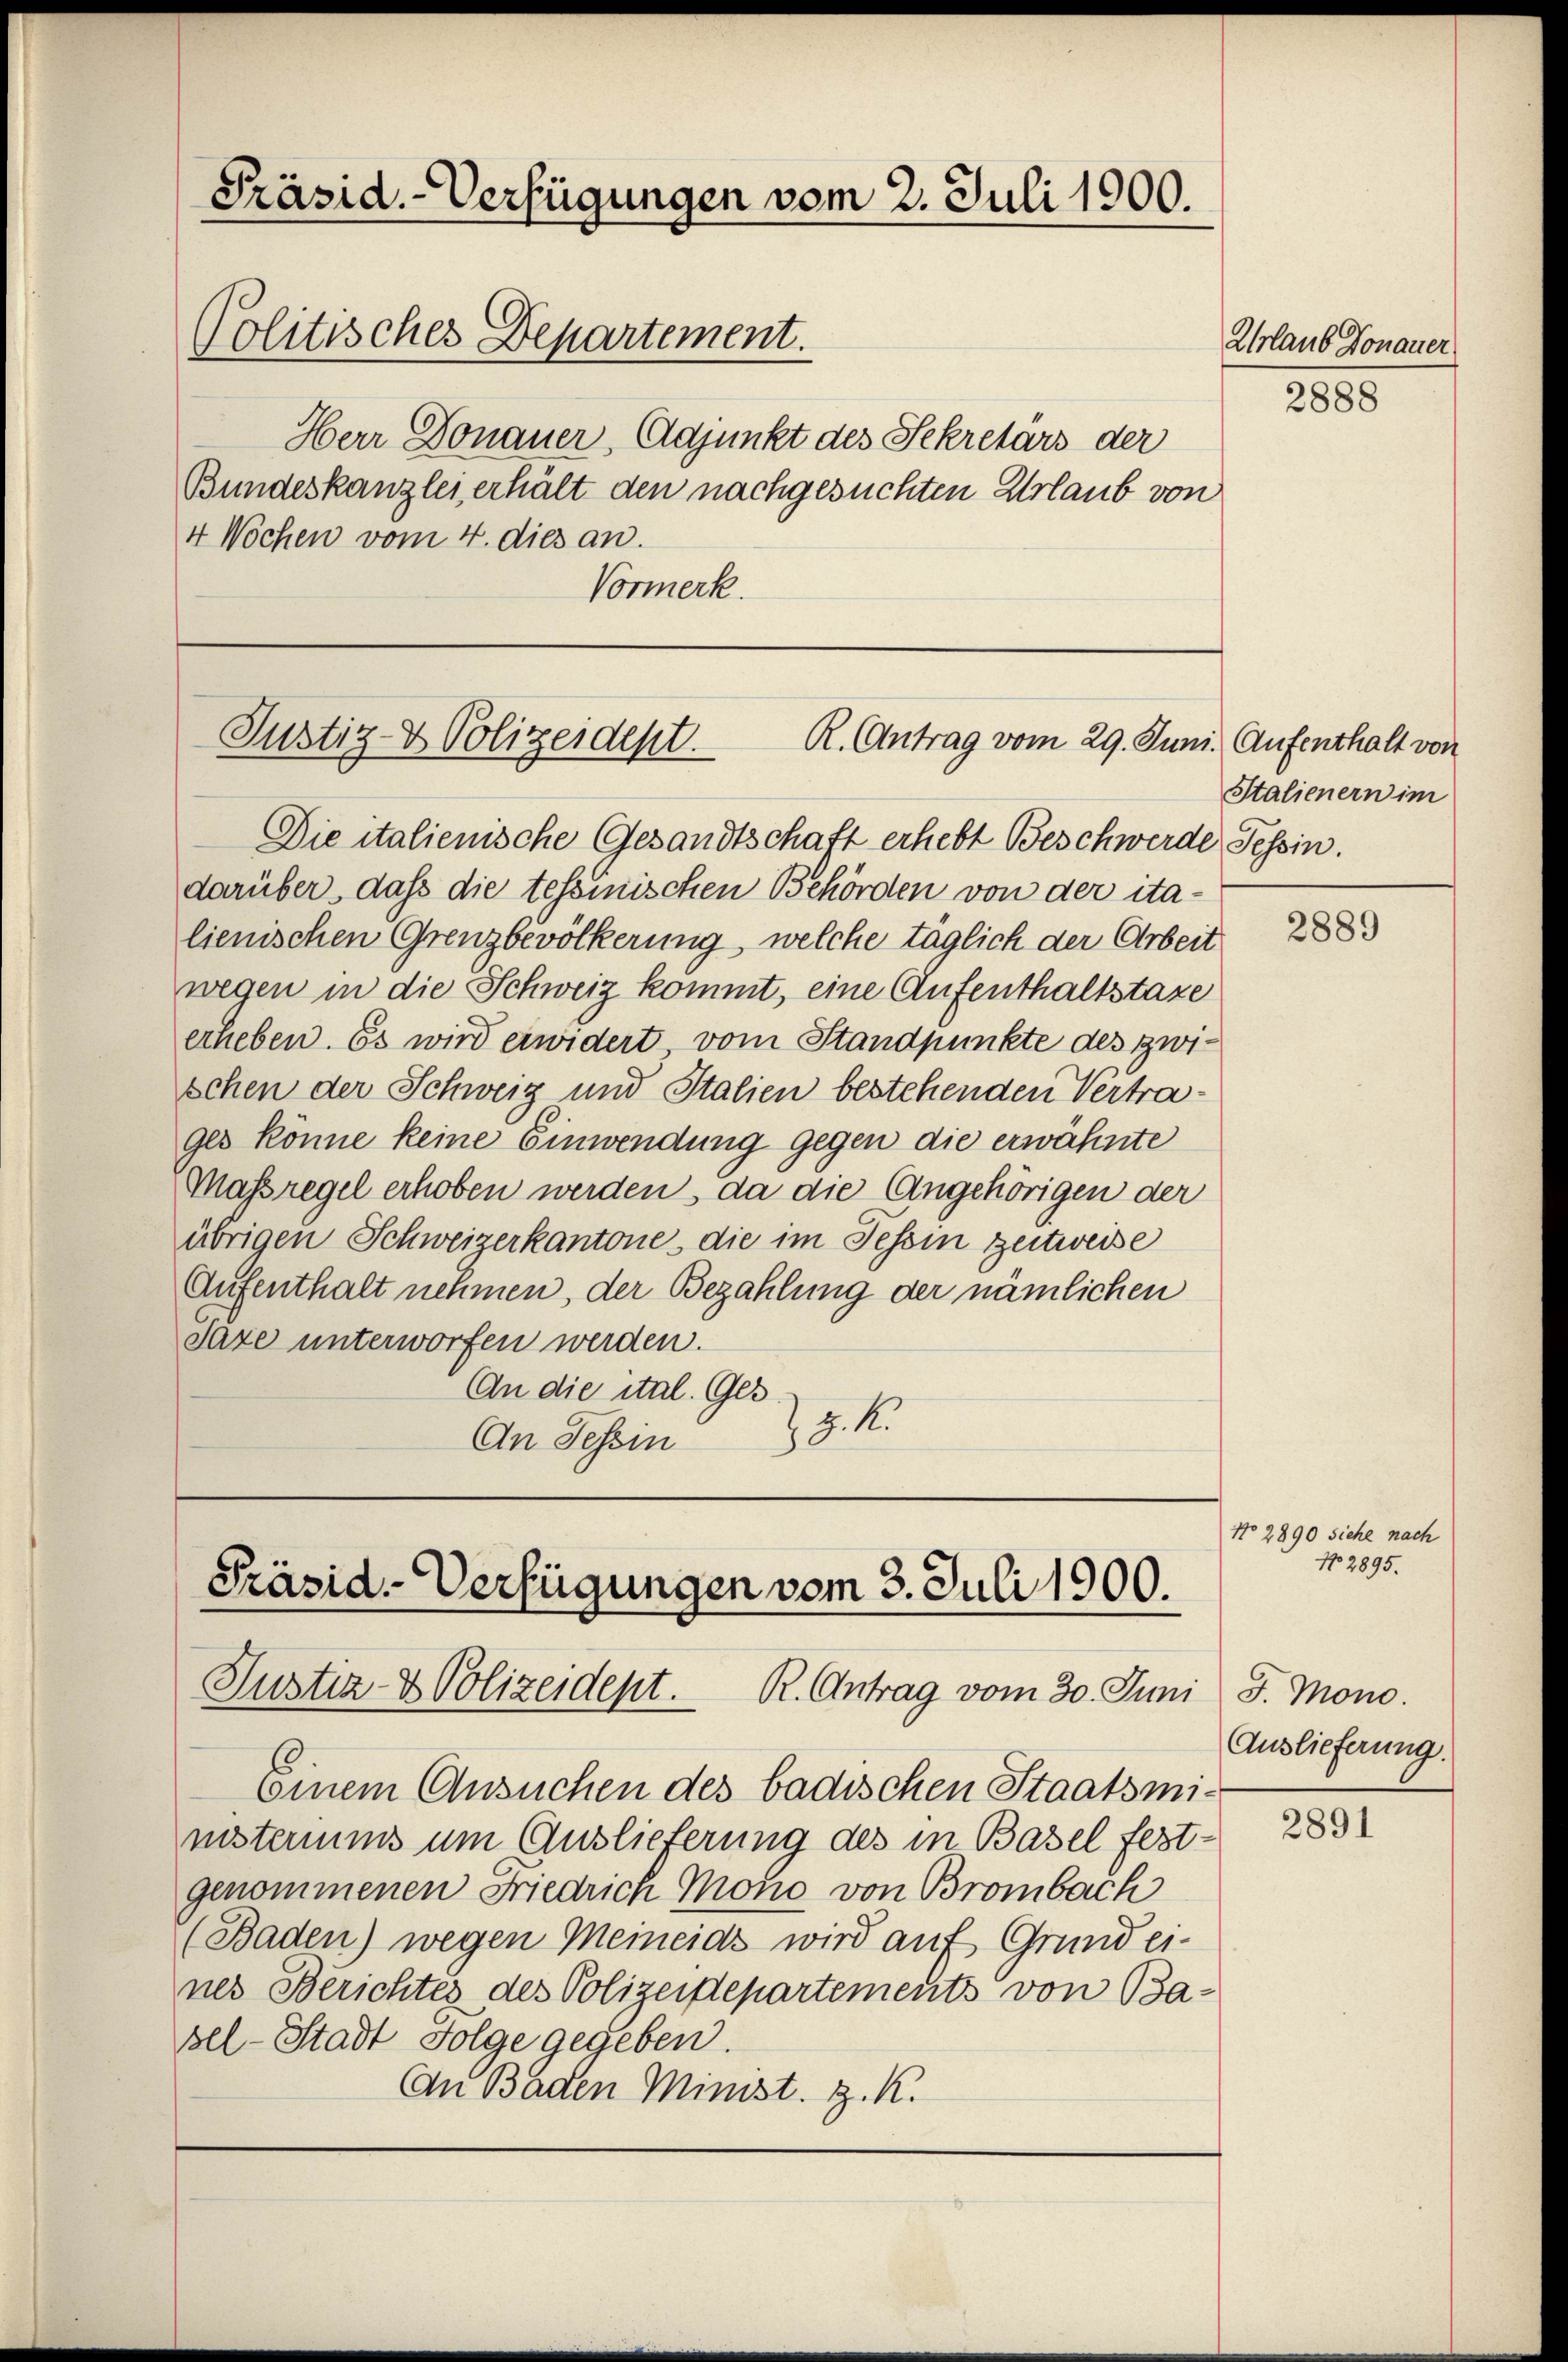
4 Wochen vom 4. dies an.
Vormerk.

Präsid.-Verfügungen vom 2. Juli 1900.
Politisches Departement.
Herr Donauer, Adjunkt des Sekretärs der
Bundeskanzlei erhält den nachgesuchten Urlaub von

Justiz- & Polizeidept.
R. Antrag vom 29. Juni. Aufenthalt von

Die italienische Gesandtschaft erhebt Beschwerde Tessin.
darüber, dass die tessinischen Behörden von der ita-
lienischen Grenzbevölkerung, welche täglich der Arbeit
wegen in die Schweiz kommt, eine Aufenthaltstaxe
erheben. Es wird erwidert vom Standpunkte des zwischen der Schweiz und Italien bestehenden Vertrages könne keine Einwendung gegen die erwähnte
Massregel erhoben werden, da die Angehörigen der
übrigen Schweizerkantone, die im Tessin zeitweise
Aufenthalt nehmen, der Bezahlung der nämlichen
Jaze unterworfen werden.
An die ital. Ges.
Z. Z. 4.
An Tessin

Präsid.-Verfügungen vom 3. Juli 1900.
Justiz- & Polizeident. R. Antrag vom 30. Juni J. Mono.

Einem Ansuchen des badischen Staatsmi-
nisteriums um Auslieferung des in Basel fest-
genommenen Friedrich Mono von Brombach
(Baden) wegen Meineids wird auf Grund ei-
nes Berichtes des Polizeidepartements von Basel-Stadt Folge gegeben.
An Baden Minist. z. K.

2rlaub Donauer

2888

Stalienern im

2889

No 2890 siche nach
No 2895.

Auslieferung.

2891